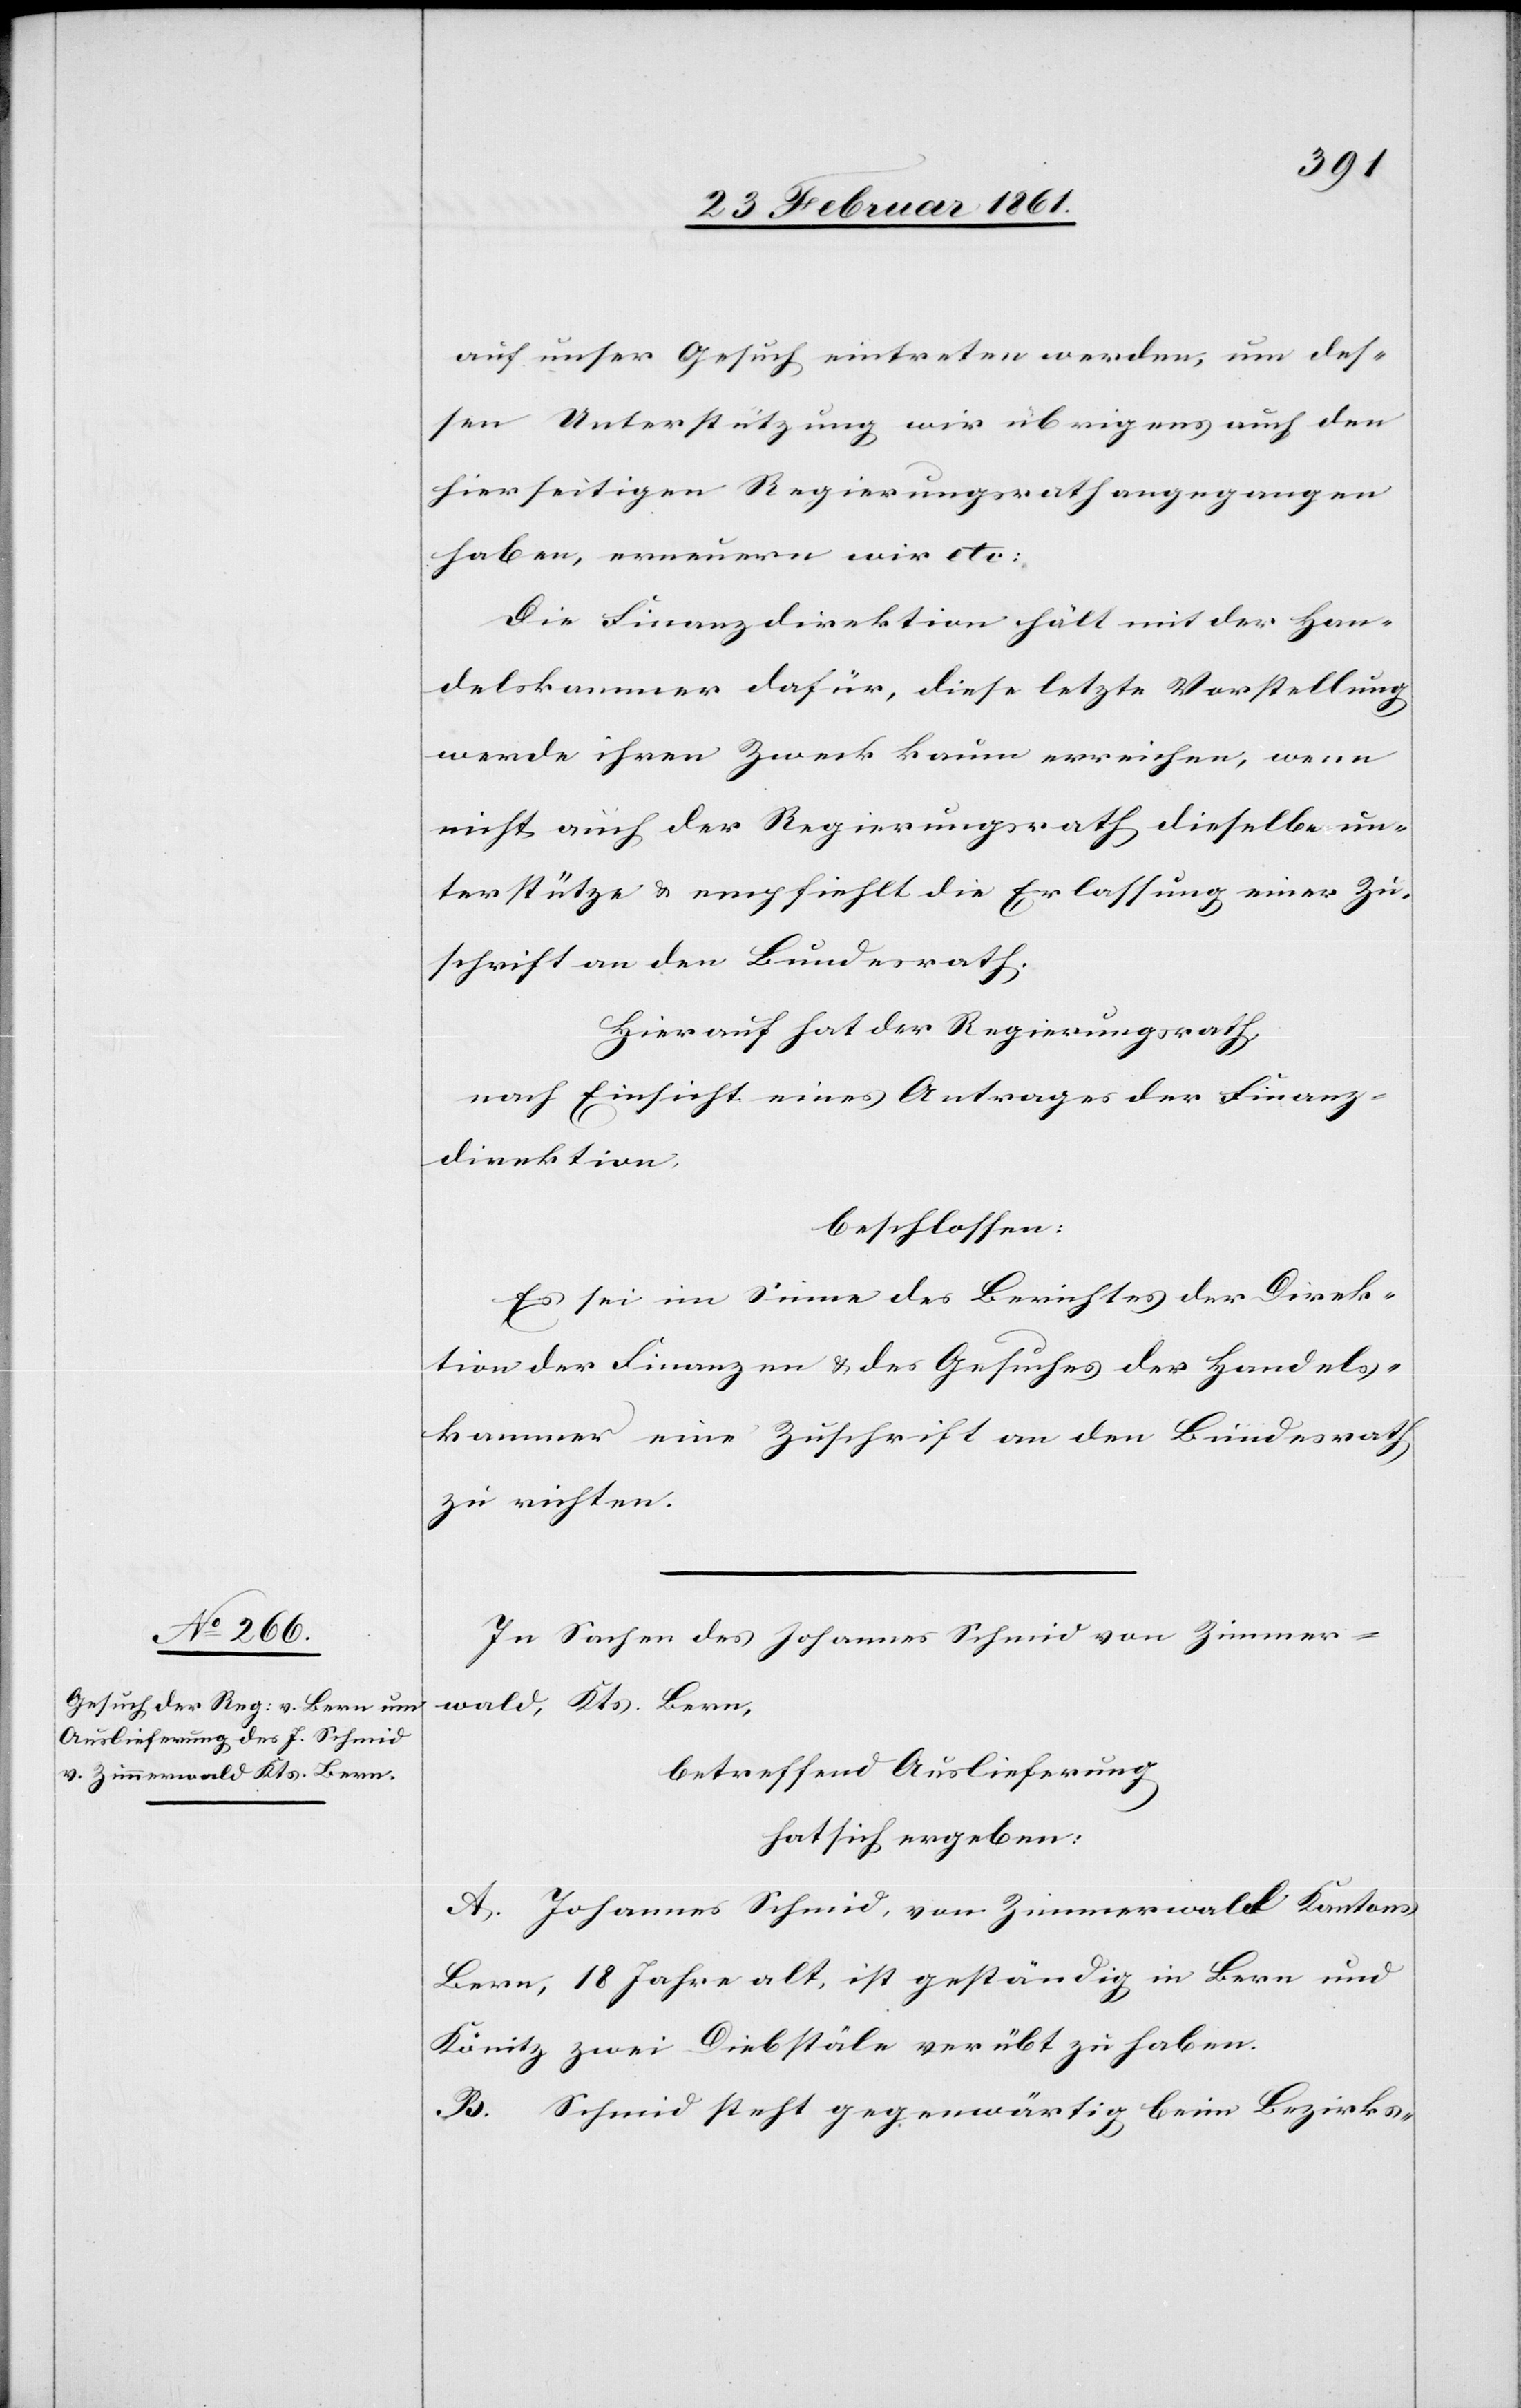
auf unser Gesuch eintreten werden, um des¬
sen Unterstützung wir übrigens auch den
hierseitigen Regierungsrath angegangen
haben, erneuern wir etc.[“]
Die Finanzdirektion hält mit der Han¬
delskammer dafür, diese letzte Vorstellung
werde ihren Zweck kaum erreichen, wenn
nicht auch der Regierungsrath dieselbe un¬
terstützte u. empfiehlt die Erlassung einer Zu¬
schrift an den Bundesrath.
Hierauf hat der Regierungsrath,
nach Einsicht eines Antrages der Finanz¬
direktion,
beschlossen:
Es sei im Sinne des Berichtes der Direk¬
tion der Finanzen u. des Gesuches der Handels¬
kammer eine Zuschrift an den Bundesrath
zu richten.
In Sachen des Johannes Schmid von Zimmer¬
wald, Kts. Bern,
betreffend Auslieferung
hat sich ergeben:
A. Johannes Schmid, Von Zimmerwald Kantons
Bern, 18 Jahre alt, ist geständig in Bern und
Könitz zwei Diebstäle verübt zu haben.
B. Schmid steht gegenwärtig beim Bezirks-